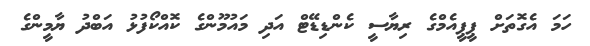
ހަމަ އެގޮތަށް ޕީޕީއެމްގެ ރިޔާސީ ކެންޑިޑޭޓް އަދި މައުމޫންގެ ކޮއްކޯފުޅު އަބްދު ޔާމީންގެ